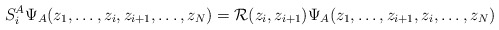
\begin{align*}S^A_i \Psi_{A} (z_1,\dots,z_i,z_{i+1},\dots,z_N)={\cal R}(z_i, z_{i+1}) \Psi_{A} (z_1,\dots,z_{i+1},z_{i},\dots,z_N)\end{align*}